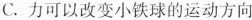
C.力可以改变小铁球的运动方向